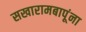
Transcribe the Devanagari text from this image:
सखारामबापूंना